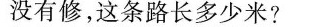
没有修，这条路长多少米?